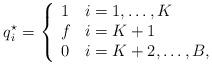
LaTeX: \begin{align*}q_i^\star = \left\{\begin{array}{ll} 1 & i = 1, \dots, K \\f & i = K + 1 \\0 & i = K + 2, \dots, B, \end{array} \right.\end{align*}